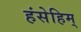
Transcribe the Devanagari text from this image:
हंसेहिम्‌